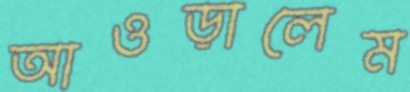
আওড়ালেম